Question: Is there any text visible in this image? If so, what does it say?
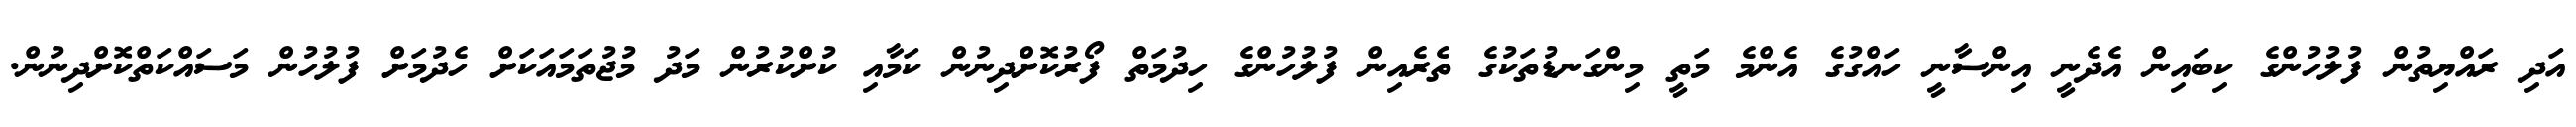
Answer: އަދި ރައްޔިތުން ފުލުހުންގެ ކިބައިން އެދެނީ އިންސާނީ ހައްގުގެ އެންމެ މަތީ މިންގަނޑުތަކުގެ ތެރެއިން ފުލުހުންގެ ހިދުމަތް ފޯރުކޮށްދިނުން ކަމާއި ކުށްކުރުން މަދު މުޖުތަމައަކަށް ހެދުމަށް ފުލުހުން މަސައްކަތްކޮށްދިނުން.